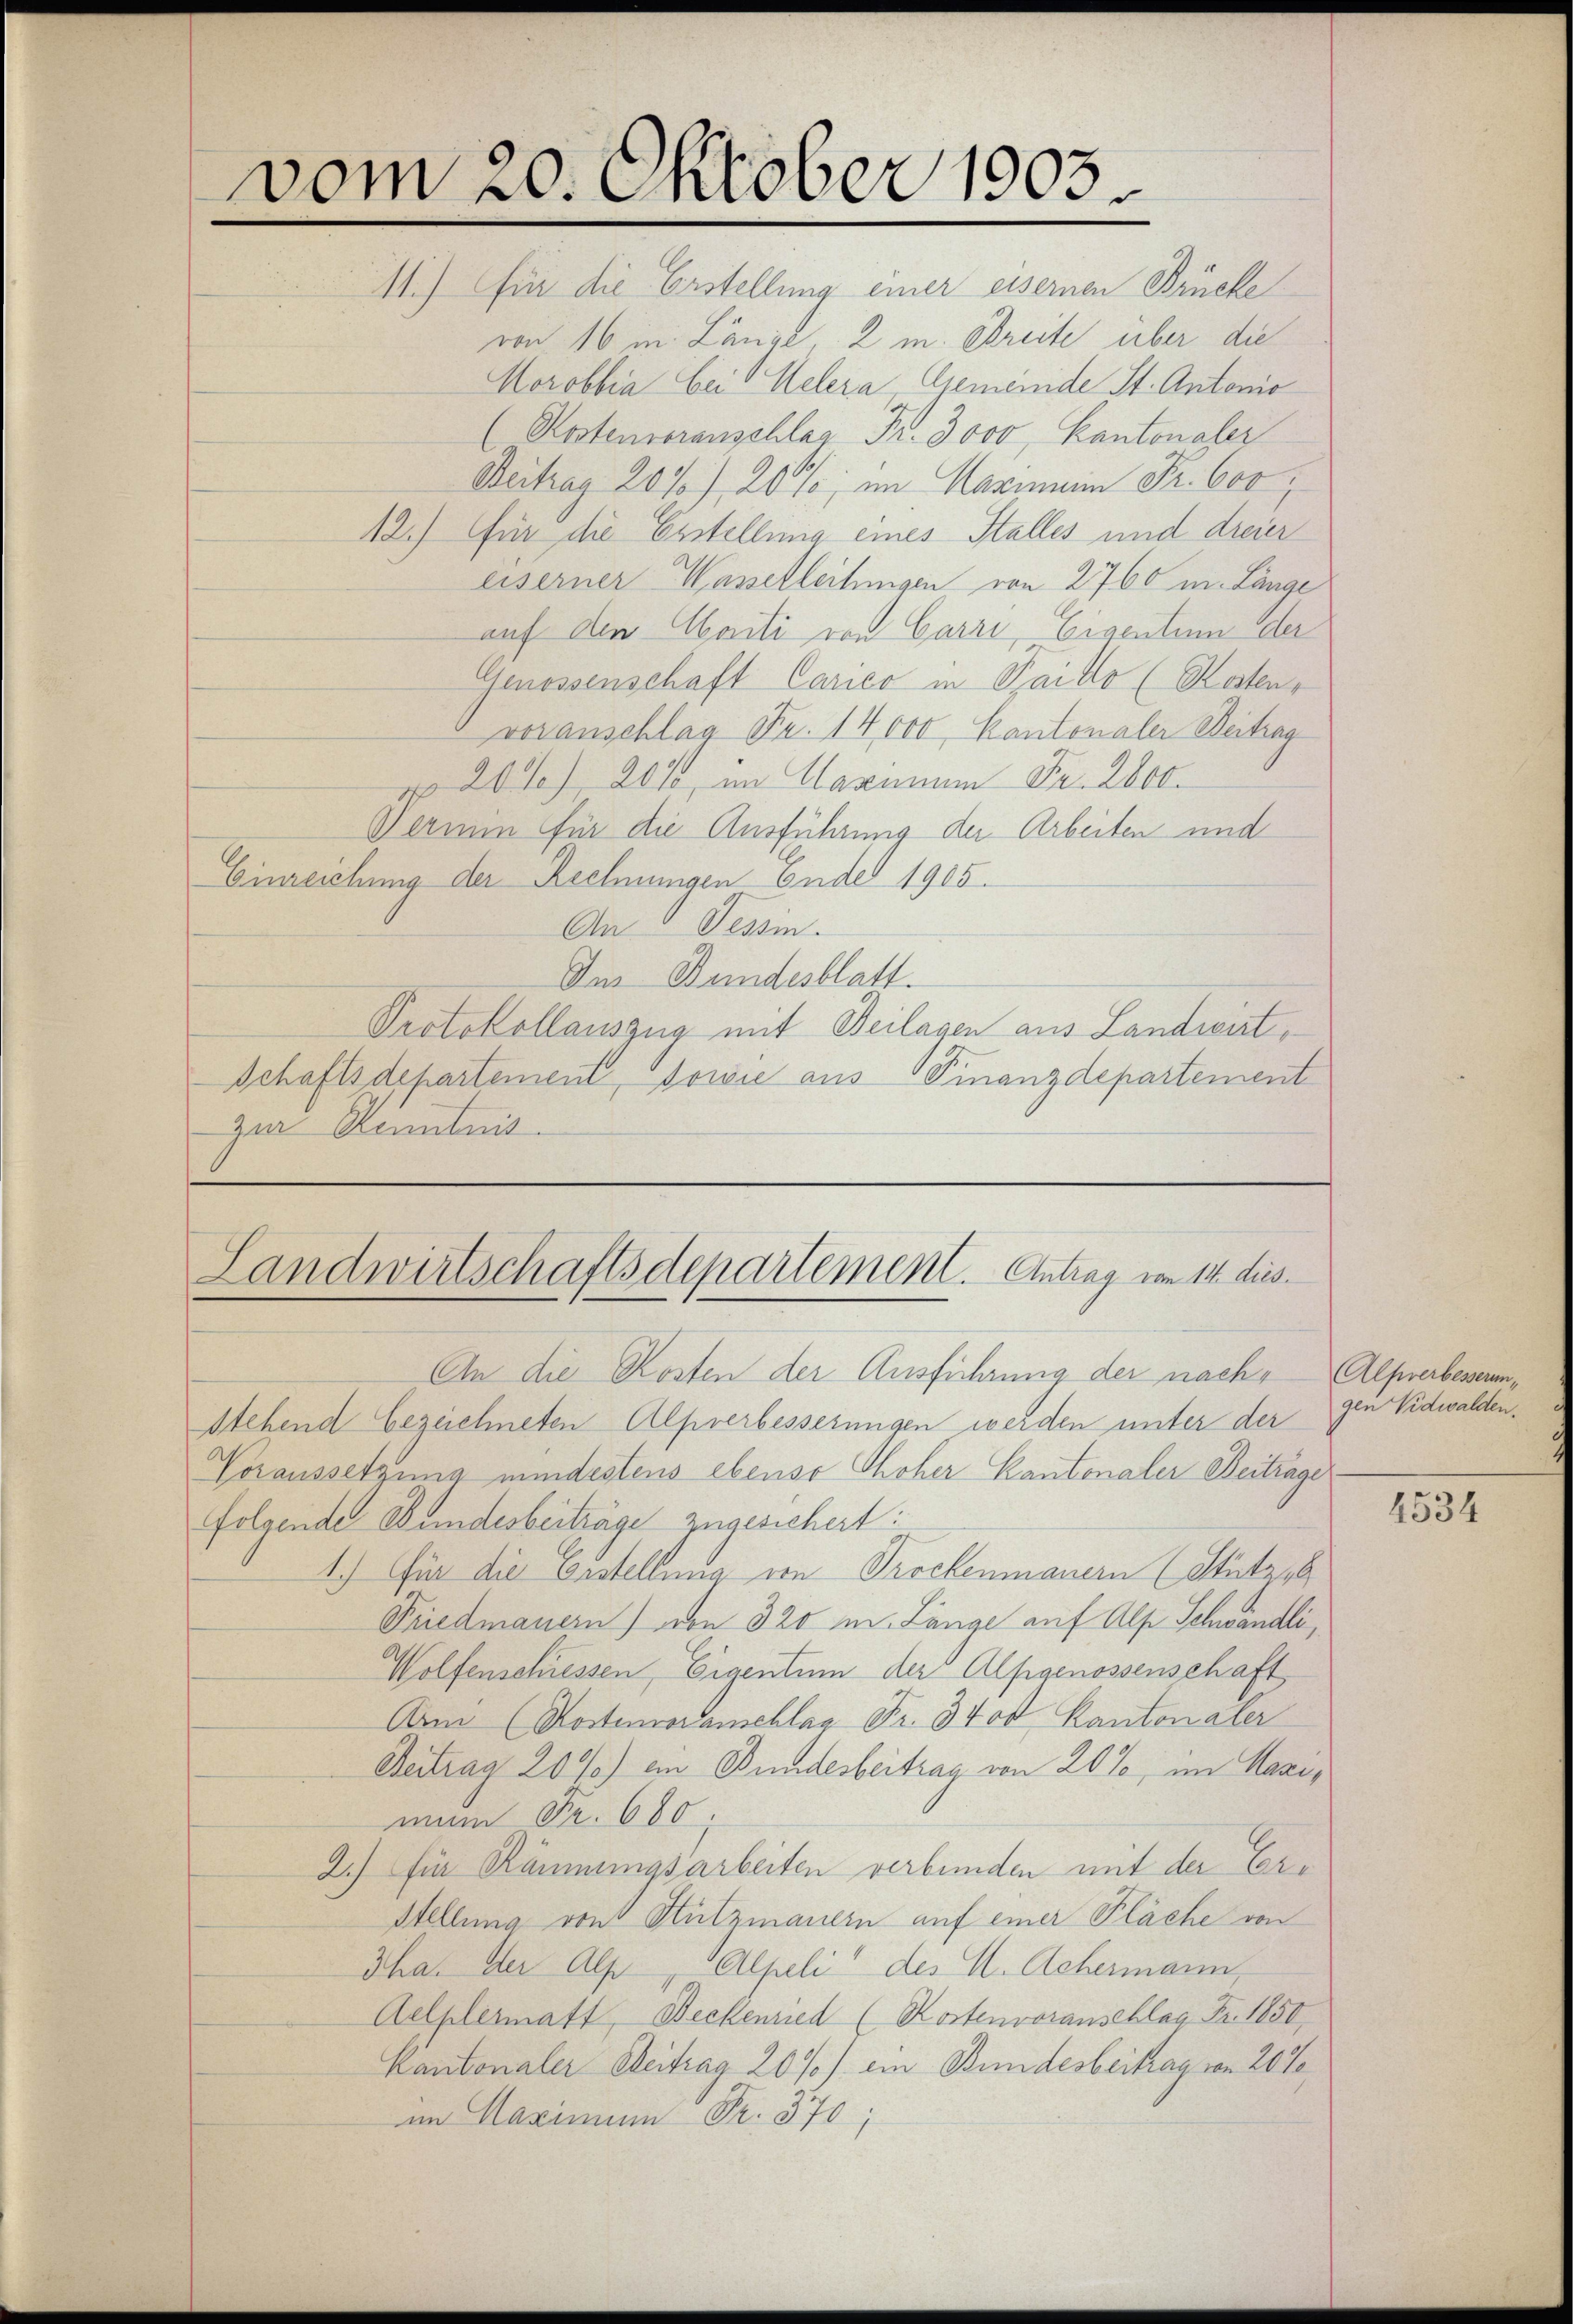
vom 20. Oktober 1903.

M.) für die Erstellung einer eisernen Brücke
von 16m Länge, 2 m. Breite über die
Morobbia bei Helera Gemeinde St. Antonio
(Kostenvoranschlag Fr. 3000, Kantonaler
Beitrag 20% / 20%; im Mariann Fr. 600,
12.) Für die Erstellung eines Stalles und dreier
eiserner Wasselleitungen von 2760 m. Länge
auf den Marti von Carri, Eigentum der
Genossenschaft Carico in Baillo (Kosten,
voranschlag Fr. 14,000 Kantonaler Beitrag
201), 2010, im Maximum Fr. 2800.
Bermm für die Ausführung der Arbeiten und
Einreichung der Rechnungen Ende 1905.
An Tessin.
Im Bundesblatt.
Protokollauszug mit Beilagen aus Landwirt,
Schaftsdepartement, sowie aus Finanzdepartement
zur Kenntnis.
Landwirtschaftsdepartement. Antrag von 14. dies
An die Kosten der Ausführung der nach, Alpverbesserun¬
Stehend bezeichneten Alpverbesserungen werden unter der
Voraussetzung mindestens ebenso hoher Kantonaler Beitrage
folgende Bundesbeiträge zugesichert:
1.) Für die Erstellung im Trockenmauern (Stutz,
Friedmauern) von 320 m. Länge auf Als Schwändli,
Wolfenschiessen, Eigentum der Alpgenossenschaft
Am (Kostenoranschlag Fr. 3400 Kantonaler
Beitrag 2096) in Bundesbeitrag von 20%, im Nazimun Fr. 680
2.) für Räumungsarbeiten verbunden mit der Er¬
Stellung von Stützmauern auf einer Fläche von
Jha. Der Alp, Alpeli“ des U. Achermann,
Aelplermatt, Beckenried (Kostenvoranschlag Fr. 1850,
Kantonaler Beitrag 20%) ein Bundesbeitrag von 20%
im Maximum Fr. 370;

gen Vidwalden.

2534